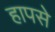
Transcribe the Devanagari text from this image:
हापसे